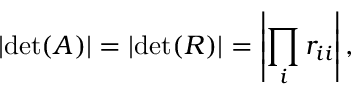
\left| \operatorname* { d e t } ( A ) \right| = \left| \operatorname* { d e t } ( R ) \right| = \left| \prod _ { i } r _ { i i } \right| ,